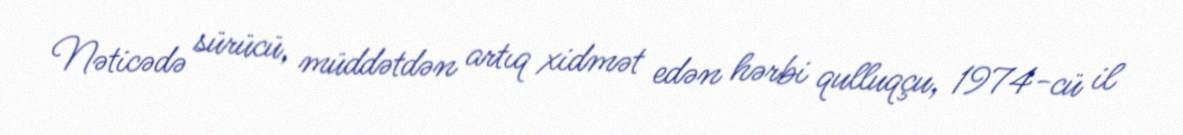
Nəticədə sürücü, müddətdən artıq xidmət edən hərbi qulluqçu, 1974-cü il